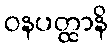
ဝနပတ္ထာနိ